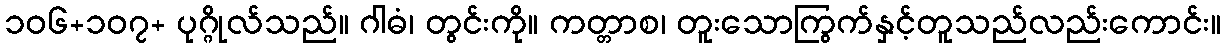
၁၀၆+၁၀၇+ ပုဂ္ဂိုလ်သည်။ ဂါဓံ၊ တွင်းကို။ ကတ္တာစ၊ တူးသောကြွက်နှင့်တူသည်လည်းကောင်း။